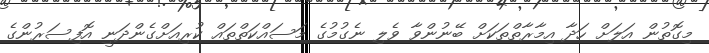
މިގޮތުން އަލަށް ހަދާ އިމާރާތްތަކަށް ބޭނުންވާ ވެލި ނެގުމުގެ މަސައްކަތްތައް ކުރިއަށްގެންދަނީ އޮފިސަރުންގެ